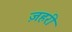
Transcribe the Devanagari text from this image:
ज़हरी